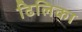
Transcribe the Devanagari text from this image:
ढिलिका